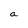
Character: a